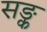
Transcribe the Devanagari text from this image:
सङ्क